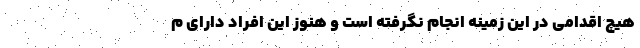
هیچ اقدامی در این زمینه انجام نگرفته است و هنوز این افراد دارای م